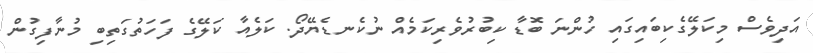
އަދިވެސް މިކަލޭގެކިބައިގައި ހުންނަ ބޮޑާ ކިބުރުވެރިކަމެއް ނުކެނޑެޔޭދޯ. ކަލެއާ ކަލޭގެ ފަހަތުގަތިބި މުނާފިގުން